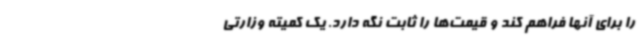
را برای آنها فراهم کند و قیمت‌ها را ثابت نگه دارد. یک کمیته وزارتی